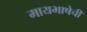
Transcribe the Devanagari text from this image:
मायभाषेची